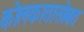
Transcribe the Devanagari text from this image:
कोलकातासोबत